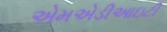
એમએડીઆઇટી